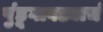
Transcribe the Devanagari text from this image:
पुंडूगावड्याचं